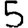
Digit: 5